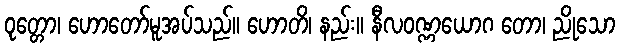
ဝုတ္တော၊ ဟောတော်မူအပ်သည်။ ဟောတိ၊ နည်း။ နီလဝဏ္ဏယောဂ တော၊ ညိုသော